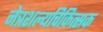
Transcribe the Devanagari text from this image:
नेत्रशल्यचिकित्सक